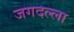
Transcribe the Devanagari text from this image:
जगदल्ला